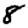
Digit: 8